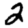
Digit: 2